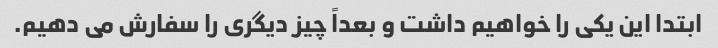
ابتدا این یکی را خواهیم داشت و بعداً چیز دیگری را سفارش می دهیم.